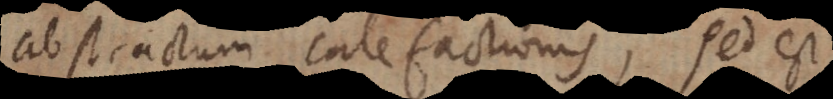
abstractum calefactionis, sed e